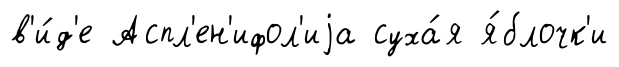
в'и́д'е Аспл'ен'ифол'иjа суха́я я́блочк'и